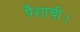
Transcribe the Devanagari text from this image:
पैशाची।